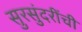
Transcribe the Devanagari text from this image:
सुरसुंदरींची